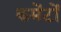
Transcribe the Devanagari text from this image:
कमेंटों